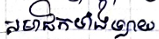
សមាជិកទាំងឡាយ